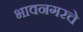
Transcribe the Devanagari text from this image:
भावनगरचे